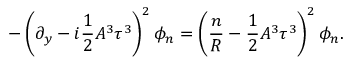
- \left( \partial _ { y } - i \frac { 1 } { 2 } A ^ { 3 } \tau ^ { 3 } \right) ^ { 2 } \phi _ { n } = \left( \frac { n } { R } - \frac { 1 } { 2 } A ^ { 3 } \tau ^ { 3 } \right) ^ { 2 } \phi _ { n } .